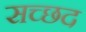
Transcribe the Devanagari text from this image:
सच्छद